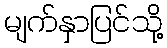
မျက်နှာပြင်သို့